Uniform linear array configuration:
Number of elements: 16
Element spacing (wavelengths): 0.75
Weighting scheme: hamming
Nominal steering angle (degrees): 45
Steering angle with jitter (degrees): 46.538
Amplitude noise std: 0.05
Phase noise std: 0.05

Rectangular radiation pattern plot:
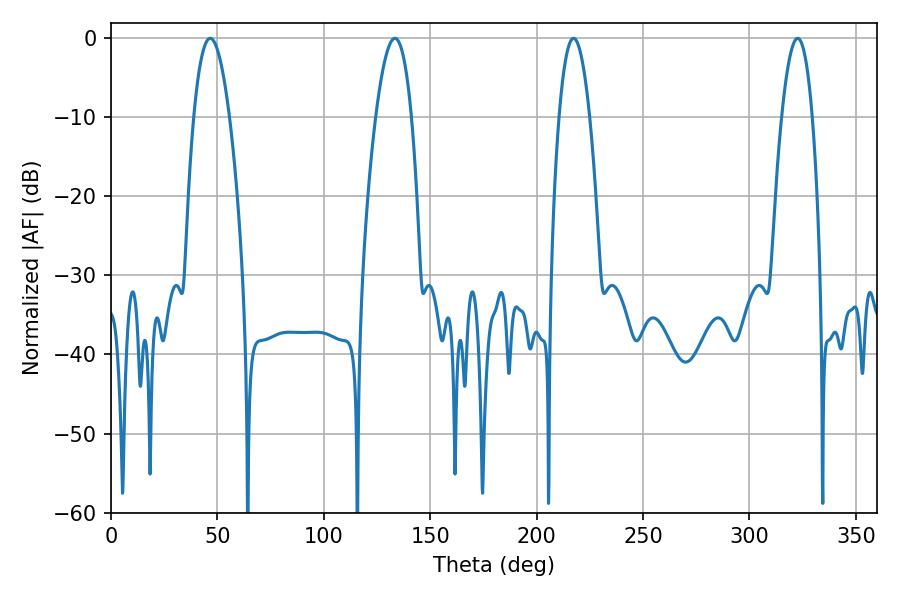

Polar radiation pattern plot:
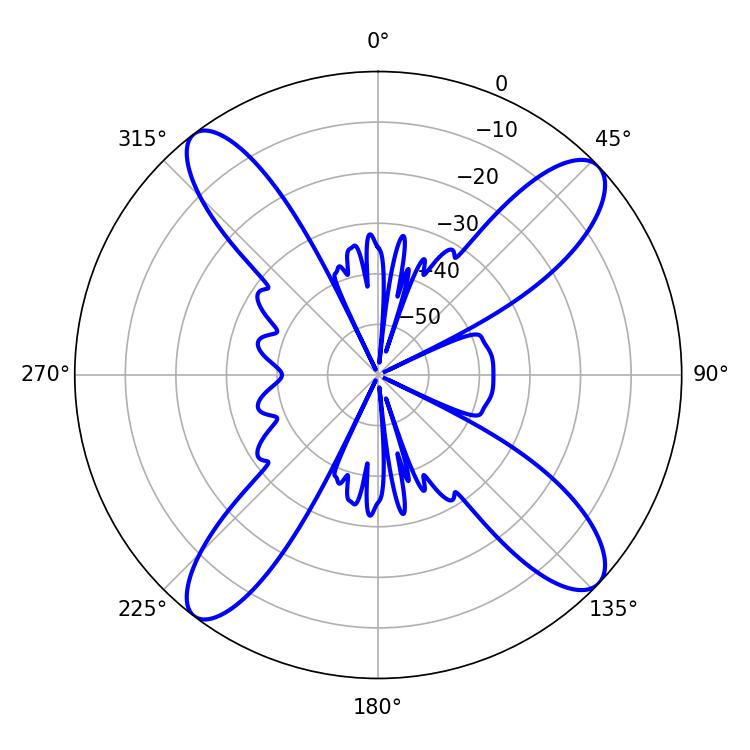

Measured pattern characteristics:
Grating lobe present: TRUE
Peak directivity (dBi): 14.478
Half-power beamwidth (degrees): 9.36
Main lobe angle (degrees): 46.62